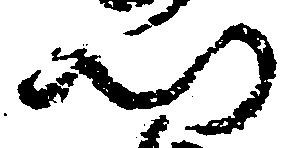
門